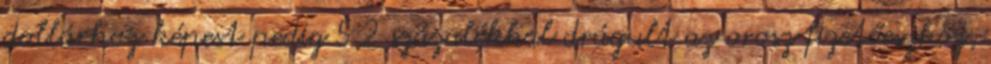
dollárhoz képest pedig 5,2 százalékkal drágult az orosz fizetőeszköz,